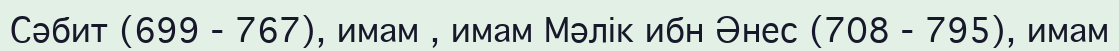
Сәбит (699 - 767), имам , имам Мәлік ибн Әнес (708 - 795), имам